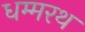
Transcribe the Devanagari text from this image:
धम्मरथ